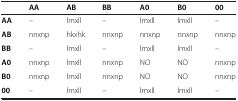
<table><thead><tr><td><b> </b></td><td><b>AA</b></td><td><b>AB</b></td><td><b>BB</b></td><td><b>A0</b></td><td><b>B0</b></td><td><b>00</b></td></tr></thead><tbody><tr><td><b>AA</b></td><td>–</td><td>lmxll</td><td>–</td><td>lmxll</td><td>lmxll</td><td>–</td></tr><tr><td><b>AB</b></td><td>nnxnp</td><td>hkxhk</td><td>nnxnp</td><td>nnxnp</td><td>nnxnp</td><td>nnxnp</td></tr><tr><td><b>BB</b></td><td>–</td><td>lmxll</td><td>–</td><td>lmxll</td><td>lmxll</td><td>–</td></tr><tr><td><b>A0</b></td><td>nnxnp</td><td>lmxll</td><td>nnxnp</td><td>NO</td><td>NO</td><td>nnxnp</td></tr><tr><td><b>B0</b></td><td>nnxnp</td><td>lmxll</td><td>nnxnp</td><td>NO</td><td>NO</td><td>nnxnp</td></tr><tr><td><b>00</b></td><td>–</td><td>lmxll</td><td>–</td><td>lmxll</td><td>lmxll</td><td>–</td></tr></tbody></table>